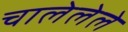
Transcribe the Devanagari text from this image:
चालेलेले